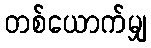
တစ်ယောက်မျှ